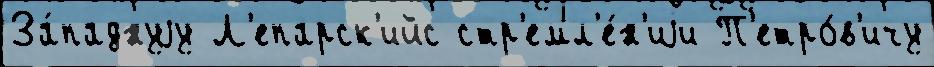
За́паднуjу Л'епарск'ийс стр'емл'е́н'иjи П'етро́в'ичу